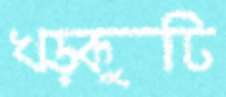
খড়কুটি